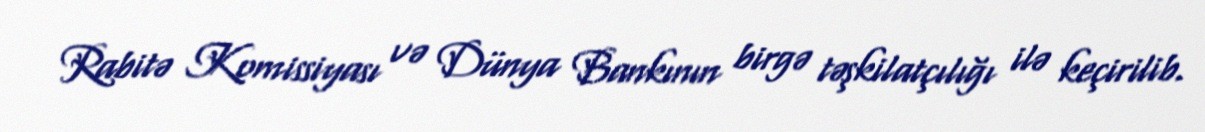
Rabitə Komissiyası və Dünya Bankının birgə təşkilatçılığı ilə keçirilib.